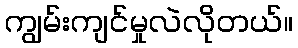
ကျွမ်းကျင်မှုလဲလိုတယ်။